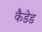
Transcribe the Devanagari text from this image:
कैडेड